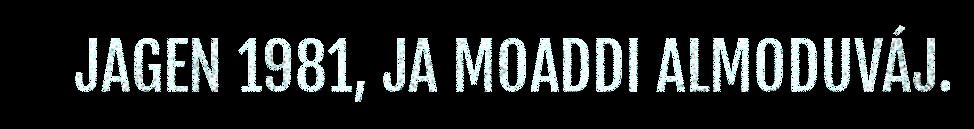
JAGEN 1981, JA MOADDI ALMODUVÁJ.